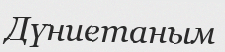
Дүниетаным